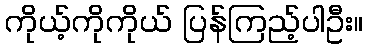
ကိုယ့်ကိုကိုယ် ပြန်ကြည့်ပါဦး။